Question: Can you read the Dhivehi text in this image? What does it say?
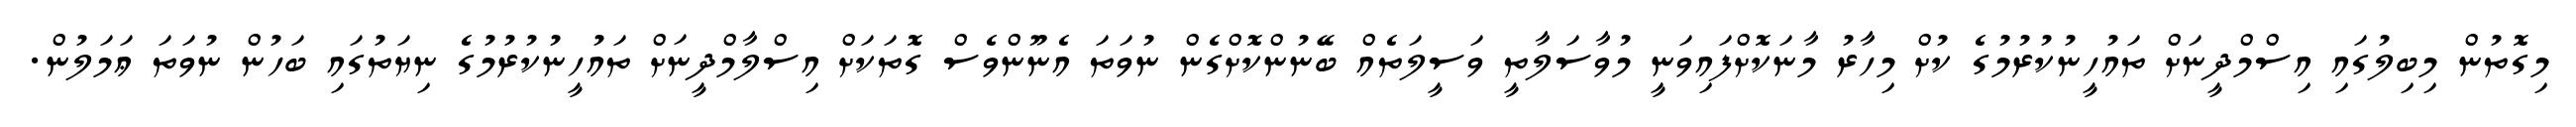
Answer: މިގޮތުން މިބިލުގައި އިސްމްދީނަށް ތައުހީނުކުރުމުގެ ކުށް މިހާރު މާނަކޮށްފައިވަނީ މުވާސަލާތީ ވަސީލަތެއް ބޭނުންކޮށްގެން ނުވަތަ އެނޫންވެސް ގޮތަކަށް އިސްލާމްދީނަށް ތައުހީނުކުރުމުގެ ނިޔަތުގައި ބަހުން ނުވަތަ ޢަމަލުން.